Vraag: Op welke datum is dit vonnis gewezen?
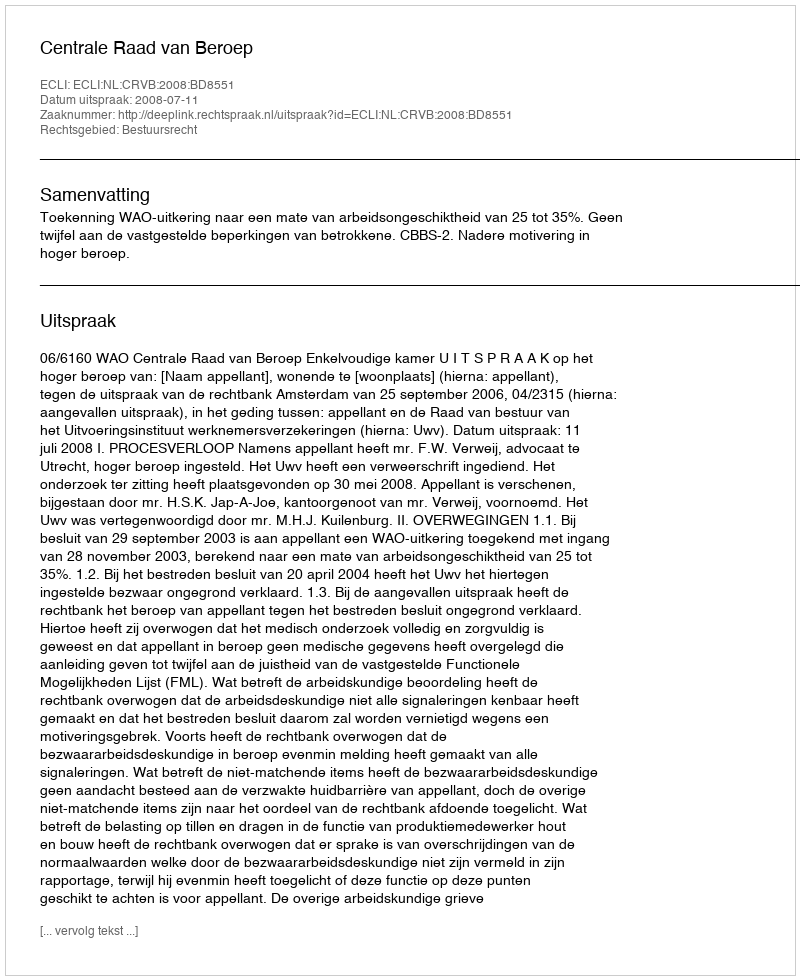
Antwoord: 2008-07-11